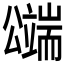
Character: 𱏸